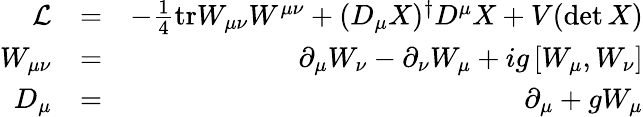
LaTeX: \begin{array}{rlr}{\cal{L}}&{=}&{-\frac{1}{4}\mathrm{tr}W_{\mu\nu}W^{\mu\nu}+(D_{\mu}X)^{\dagger}D^{\mu}X+V(\operatorname*{det}X)}\\ {W_{\mu\nu}}&{=}&{\partial_{\mu}W_{\nu}-\partial_{\nu}W_{\mu}+ig\left[W_{\mu},W_{\nu}\right]}\\ {D_{\mu}}&{=}&{\partial_{\mu}+gW_{\mu}}\end{array}